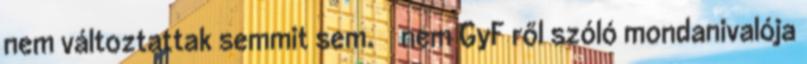
nem változtattak semmit sem. nem GyF ről szóló mondanivalója